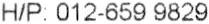
H/P: 012-659 9829